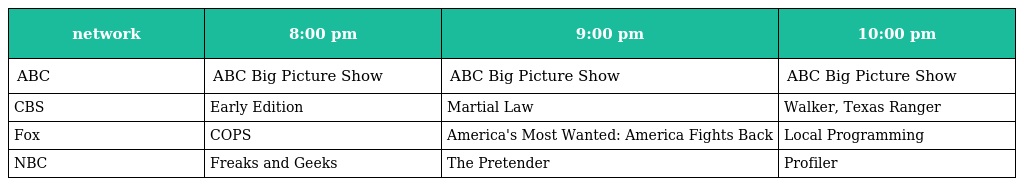
| network | 8:00 pm | 9:00 pm | 10:00 pm |
 | --- | --- | --- | --- |
 | ABC | ABC Big Picture Show | ABC Big Picture Show | ABC Big Picture Show |
 | CBS | Early Edition | Martial Law | Walker, Texas Ranger |
 | Fox | COPS | America's Most Wanted: America Fights Back | Local Programming |
 | NBC | Freaks and Geeks | The Pretender | Profiler |